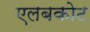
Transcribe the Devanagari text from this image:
एलबकोट